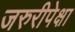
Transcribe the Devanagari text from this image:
जरुरीपेक्षा